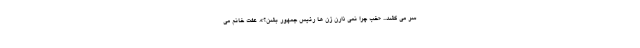
سر می کشد... «خب چرا نمی ذارن زن ها رئیس جمهور بشن؟». عفت خانم می